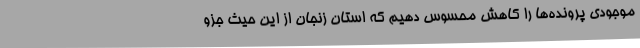
موجودی پرونده‌ها را کاهش محسوس دهیم که استان زنجان از این حیث جزو